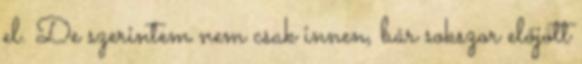
el. De szerintem nem csak innen, bár sokszor előjött